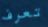
تعرف